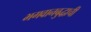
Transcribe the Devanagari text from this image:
भगवानबुद्धाची